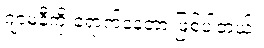
ဂျာမနီကို ရောက်နေတာ ဖြစ်ပါတယ်။